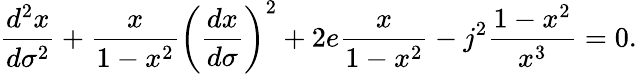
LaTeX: \frac{d^{2}x}{d\sigma^{2}}+\frac{x}{1-x^{2}}\left(\frac{dx}{d\sigma}\right)^{2}+2e\frac{x}{1-x^{2}}-j^{2}\frac{1-x^{2}}{x^{3}}=0.